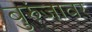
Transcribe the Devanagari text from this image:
बुरुंजावर